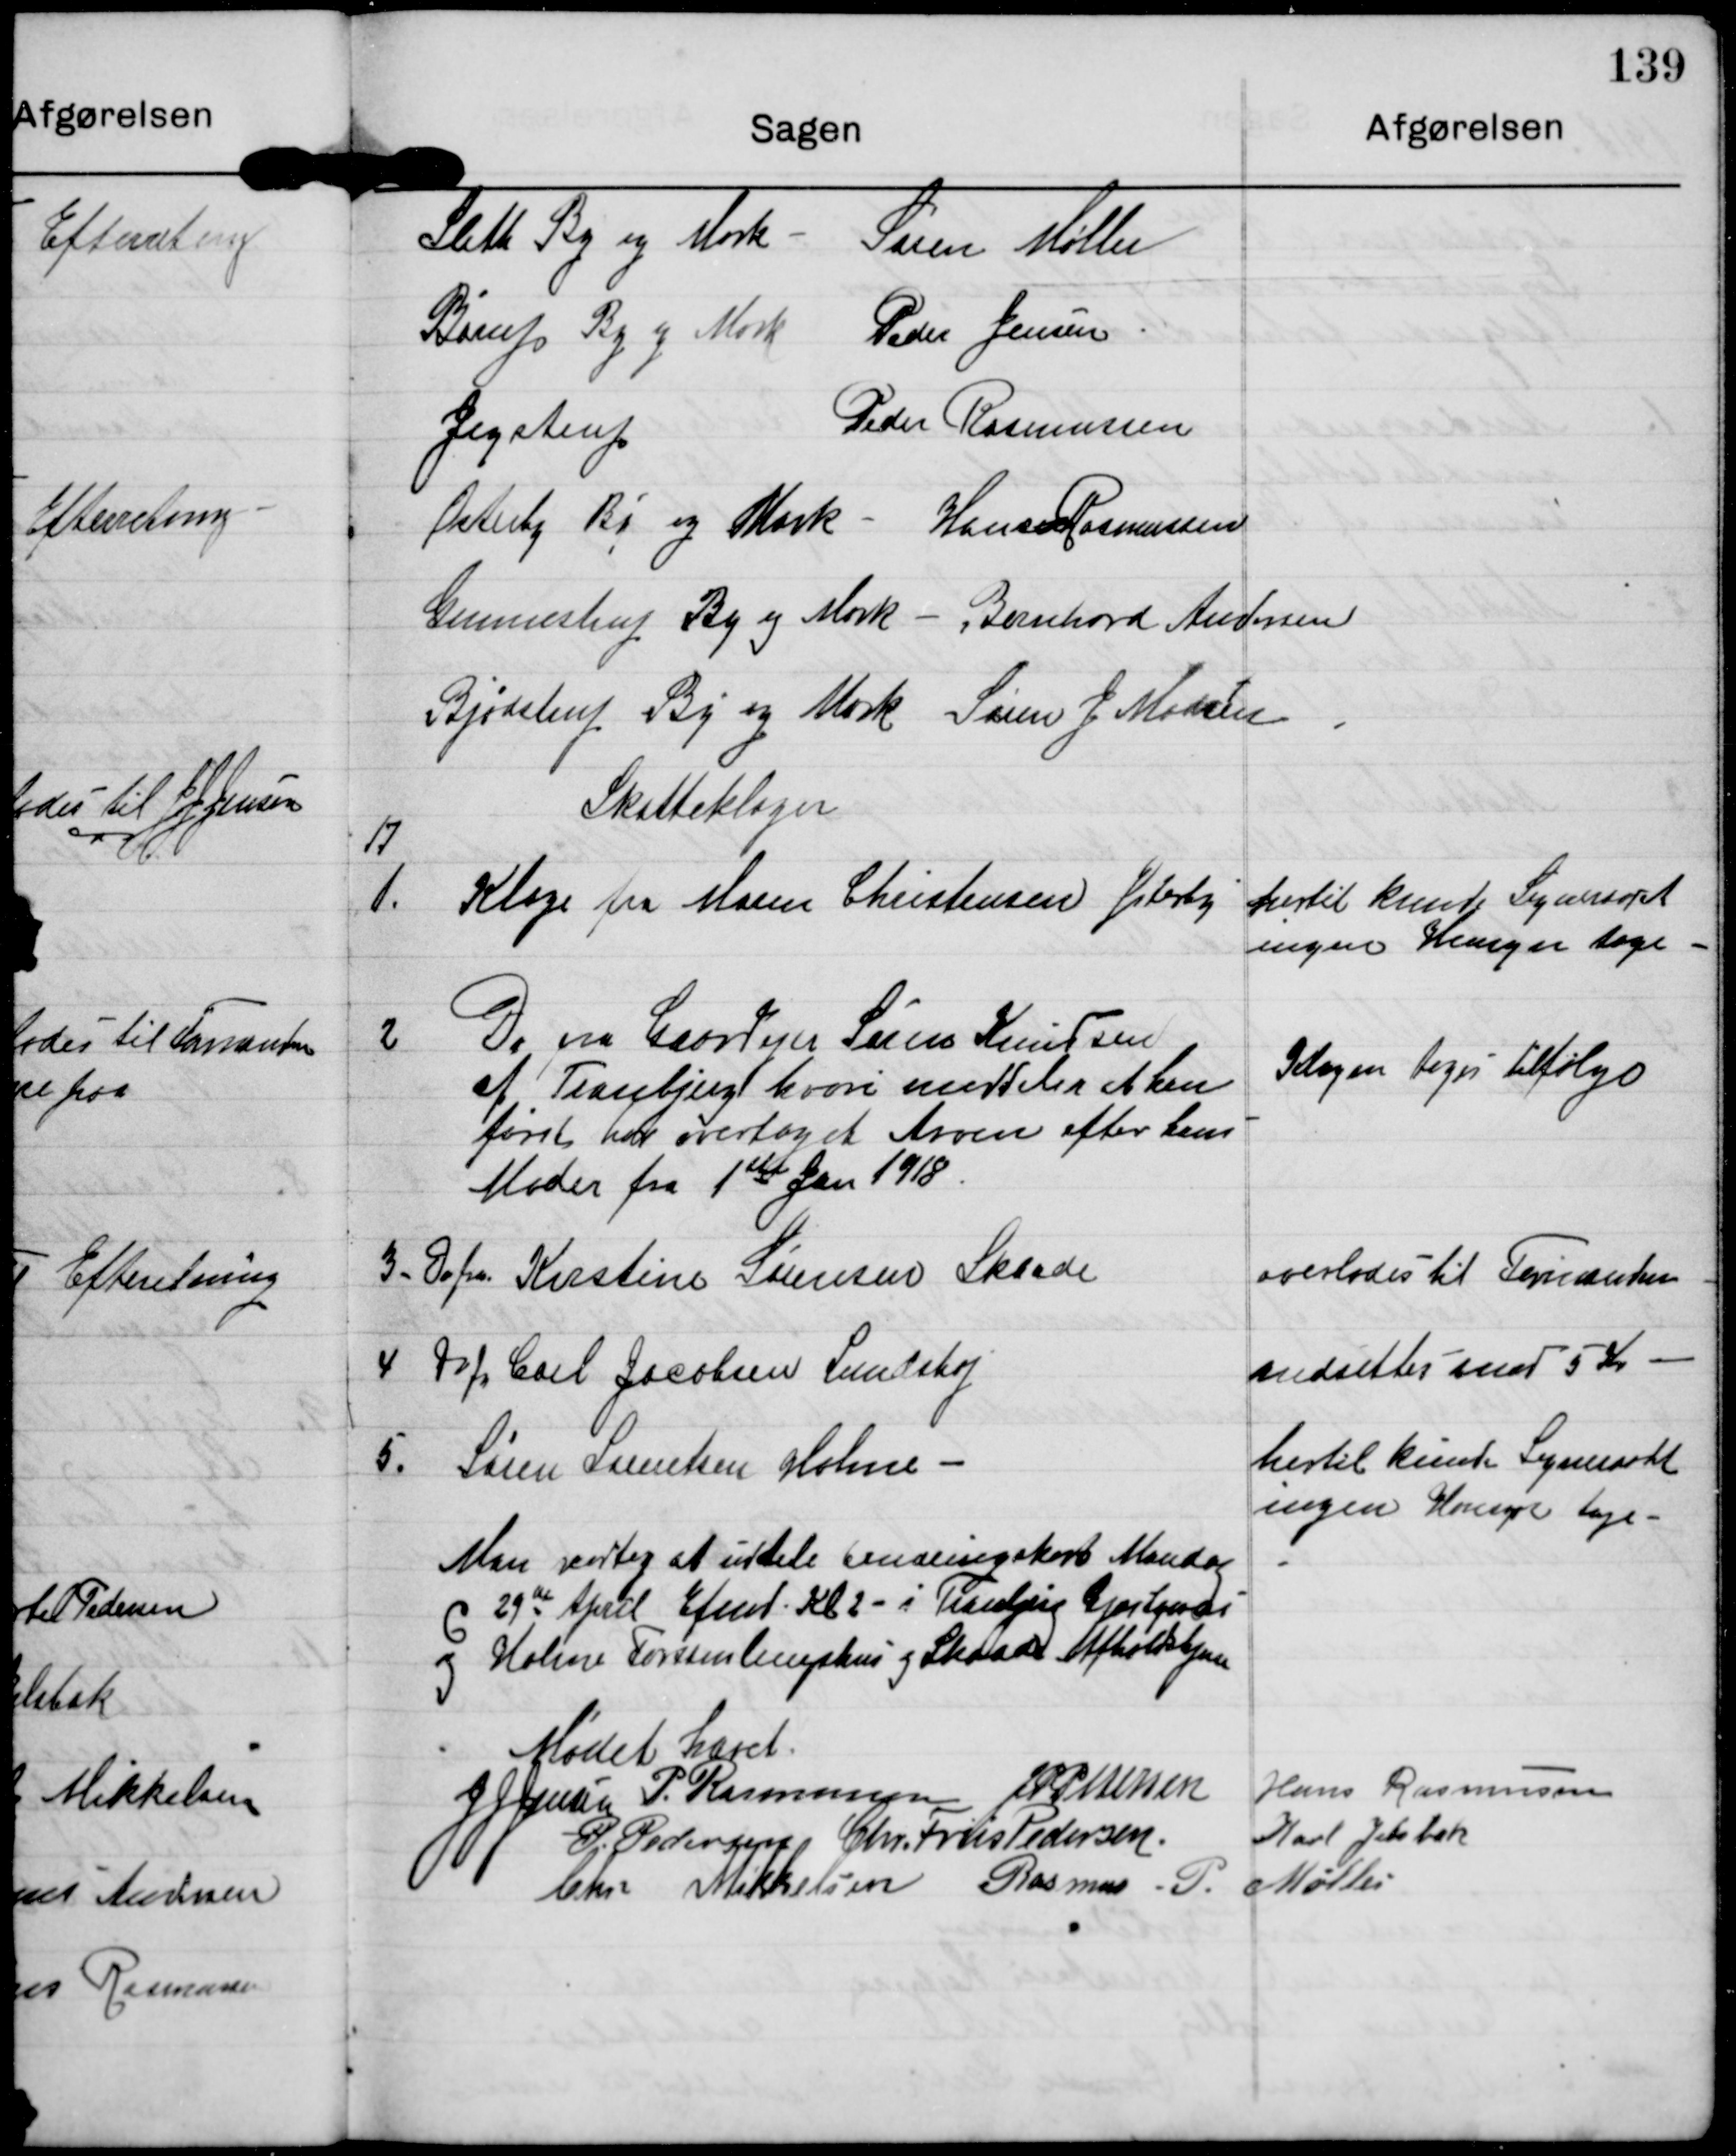
Transskription:
Sleth By og Mark - Søren Møller
Børup By og Mark Peder Jensen
Jegstrup
Peder Rasmussen
Østerby By og Mark - Hans Rasmussen
Gunnestrup By og Mark - Bernhard Andersen
Bjødstrup By og Mark Søren J Madsen

Skatteklager

17.

1.

Klage fra Maren Christensen Jelshøj

hertil kunde Sogneraadet
ingen Hensyn tage

2

Do fra Gaardejer Søren Knudsen
af Tranbjerg hvori meddeles at han
først har overtaget Arven efter hans
Moder fra 1ste Jan 1918.

Klagen tages tilfølge.

3.

Do fra Kirstine Sørensen Skaade

overlades til Formanden

4

Do fra Carl Jacobsen Lundshøj

nedsætter med 5 Kr.

5.

Søren Lauritsen Holme

hertil kunde Sogneraadet
ingen Hensyn tage

Man vedtog at uddele Ernæringskort Mandag
d 29de April Efmd Kl 2 - i Tranbjerg Gjæstgiveri
og Holme Forsamlingshus og Skaade Afholdshjem.

Mødet hævet

JJ Jensen

P. Rasmussen

JP Pedersen

Hans Rasmussen

P. Pedersen

Chr. Friis Pedersen

Karl Jelsbak

Chr. Mikkelsen

Rasmus P. Møller